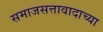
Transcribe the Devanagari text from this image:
समाजसत्तावादाच्या